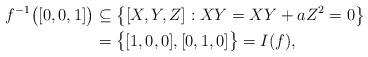
LaTeX: \begin{align*}f^{-1}\bigl([0,0,1]\bigr)&\subseteq \bigl\{ [X,Y,Z] : XY=XY+aZ^2=0 \bigr\}\\&=\bigl\{ [1,0,0],[0,1,0] \bigr\} = I(f),\end{align*}